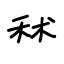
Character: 秫